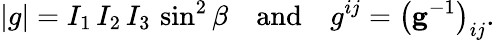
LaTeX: |g|=I_{1}\, I_{2}\, I_{3}\, \sin^{2}\beta\quad{\mathrm{and}}\quad g^{ij}=\left(\mathbf{g}^{-1}\right)_{ij}.